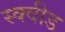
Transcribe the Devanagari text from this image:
स्क्वीड